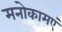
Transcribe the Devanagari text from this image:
मनोकामएं